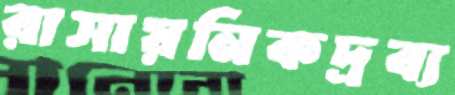
রাসায়নিকদ্রব্য